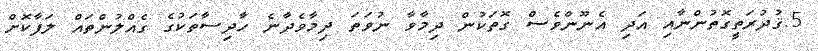
5.ޤުދުރަތީގޮތުންނާއި އަދި އެނޫންވެސް ގޮތަކުން ދިމާވާ ނުވަތަ ދިމާވެދާނެ ހާދިސާތަކުގެ ގެއްލުންތައް ލަފާކޮށް